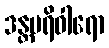
ဒန္တပရိဝါရော